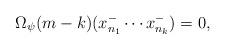
LaTeX: \begin{align*}\Omega_\psi(m-k)(x^-_{n_1}\cdots x^-_{n_k})=0,\end{align*}